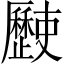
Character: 𣦰